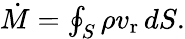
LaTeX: \begin{array}{r}{\dot{M}=\oint_{S}\rho v_{\mathrm{r}}\, dS.}\end{array}